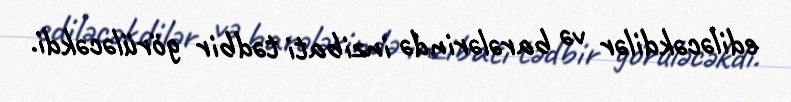
ediləcəkdilər və barələrində inzibati tədbir görüləcəkdi.